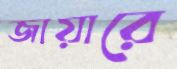
জায়ারে